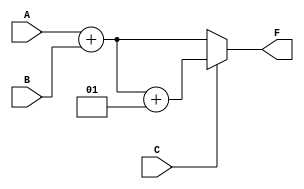
module Add_w_carry_16bit(F, A, B, C);

input signed[15:0] A, B;
input C;
output reg signed[15:0] F;

always @(A) begin
	if (C)
		F = (A+B)+1;
	else
		F = A+B;
end
endmodule